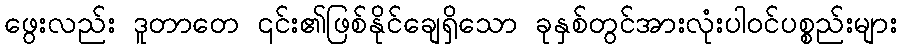
ဖွေးလည်း ဒူတာတေ ၎င်း၏ဖြစ်နိုင်ချေရှိသော ခုနှစ်တွင်အားလုံးပါဝင်ပစ္စည်းများ